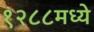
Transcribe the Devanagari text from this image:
१२८८मध्ये